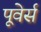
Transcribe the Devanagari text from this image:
पूवेर्स